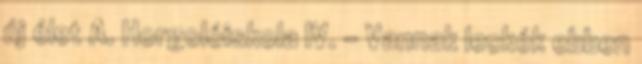
új élet A. Horgolóiskola IV. - Vannak leckék ebben